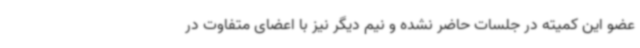
عضو این کمیته در جلسات حاضر نشده و نیم دیگر نیز با اعضای متفاوت در